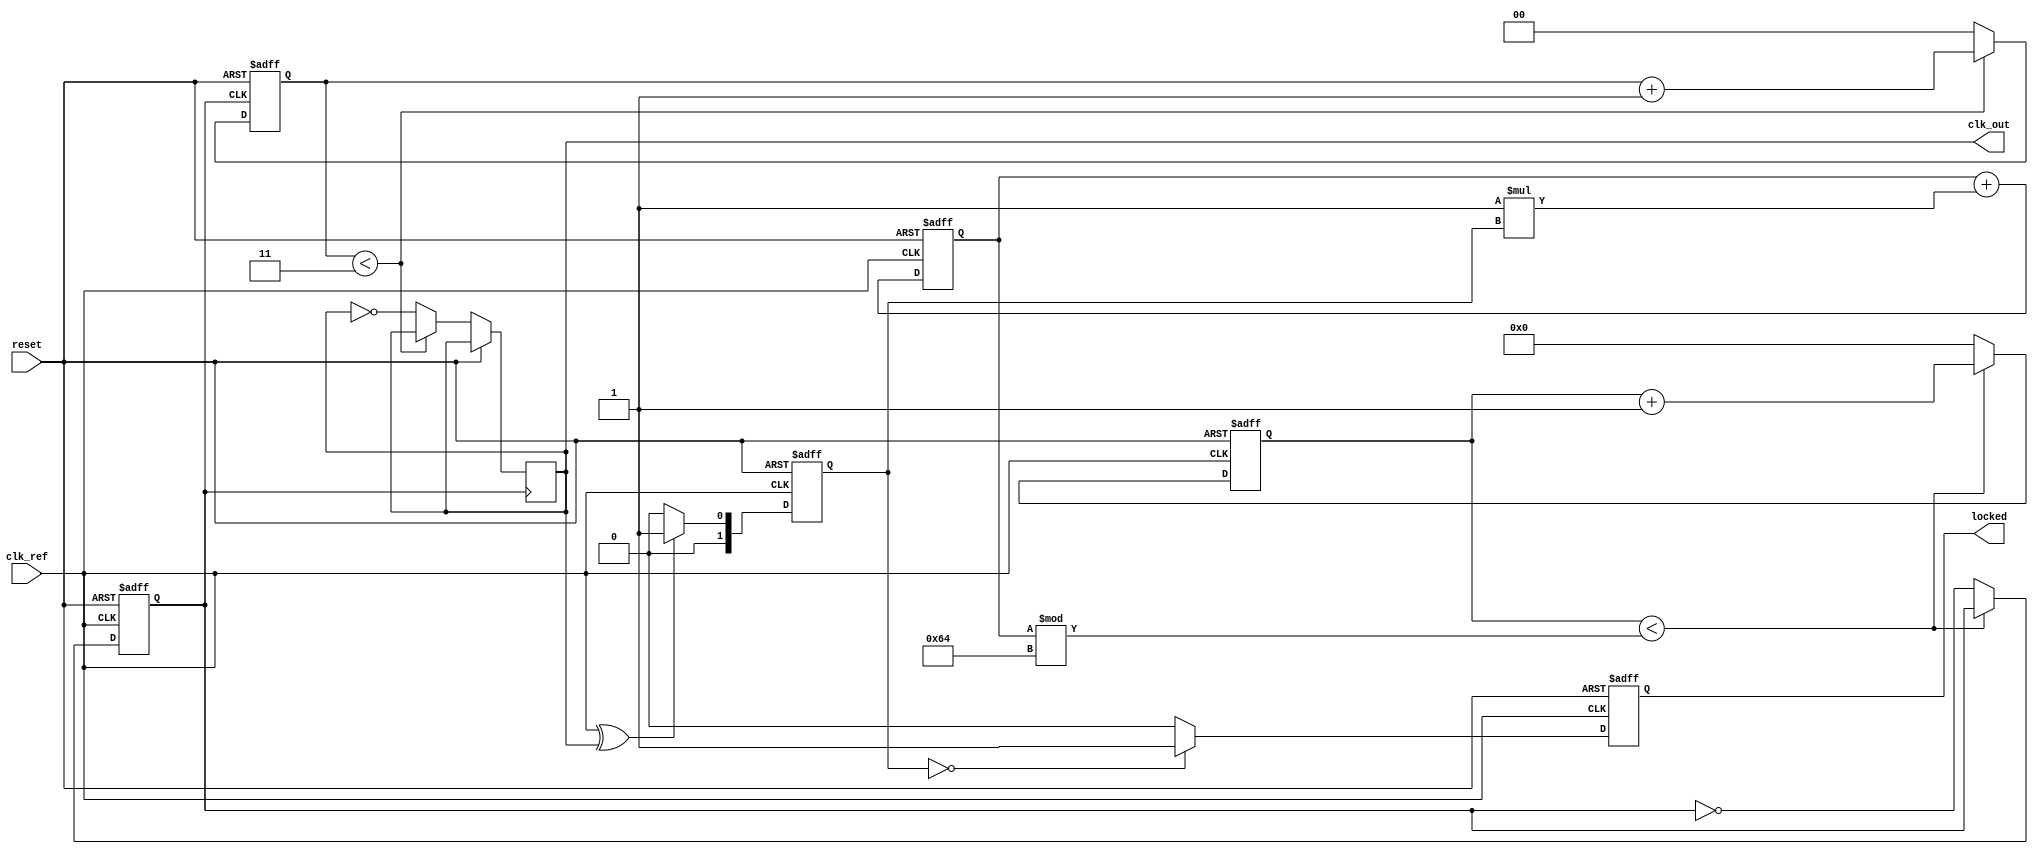
module PLL (
    input wire clk_ref,        // Reference clock input
    input wire reset,          // Asynchronous reset
    output wire clk_out,       // Output clock
    output wire locked         // Lock status output
);

    // Parameters
    parameter N = 4;           // Feedback divider value
    parameter Kp = 1;          // Proportional gain
    parameter Ki = 1;          // Integral gain
    parameter VCO_MAX_FREQ = 100; // Max frequency of VCO in MHz
    parameter VCO_MIN_FREQ = 10;  // Min frequency of VCO in MHz

    // Internal signals
    reg [1:0] phase_error;     // Phase error signal
    reg [31:0] control_voltage; // Control voltage for VCO
    reg vco_clk;               // VCO output clock
    reg [31:0] vco_counter;    // VCO frequency counter
    reg lock;                  // Lock status
    wire feedback_clk;         // Feedback clock from VCO

    // Phase Detector (PD) - Simple XOR for demonstration
    always @(posedge clk_ref or posedge reset) begin
        if (reset) begin
            phase_error <= 0;
        end else begin
            phase_error <= (clk_ref ^ feedback_clk) ? 1 : 0; // XOR phase comparison
        end
    end

    // Loop Filter (LF) - Simple Proportional-Integral
    always @(posedge clk_ref or posedge reset) begin
        if (reset) begin
            control_voltage <= 0;
        end else begin
            // Proportional part
            control_voltage <= control_voltage + (Kp * phase_error);
            // Integral part (may need a more sophisticated implementation)
            control_voltage <= control_voltage + (Ki * phase_error);
        end
    end

    // Voltage-Controlled Oscillator (VCO)
    always @(posedge clk_ref or posedge reset) begin
        if (reset) begin
            vco_counter <= 0;
            vco_clk <= 0;
        end else begin
            // Simple counter-based VCO
            if (vco_counter < (control_voltage % VCO_MAX_FREQ)) begin
                vco_counter <= vco_counter + 1;
            end else begin
                vco_counter <= 0;
                vco_clk <= ~vco_clk; // Toggle VCO output
            end
        end
    end

    // Feedback path - Divide the VCO output
    reg [1:0] divider_count;
    always @(posedge vco_clk or posedge reset) begin
        if (reset) begin
            divider_count <= 0;
        end else begin
            if (divider_count < (N - 1)) begin
                divider_count <= divider_count + 1;
            end else begin
                divider_count <= 0;
                feedback_clk <= ~feedback_clk; // Feedback clock
            end
        end
    end

    // Output clock generation
    assign clk_out = feedback_clk;

    // Lock detection logic
    always @(posedge clk_ref or posedge reset) begin
        if (reset) begin
            lock <= 0;
        end else begin
            // Simple lock detection logic (example)
            if (phase_error == 0) begin
                lock <= 1; // Locked when phase error is zero
            end else begin
                lock <= 0; // Not locked
            end
        end
    end

    assign locked = lock;

endmodule